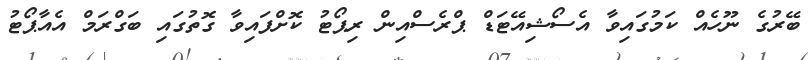
ބޭރުގެ ނޫހެއް ކަމުގައިވާ އެސޯޝިއޭޓަޑް ޕްރެސްއިން ރިޕޯޓު ކޮށްފައިވާ ގޮތުގައި ބަގްރަމް އެއާޕޯޓު